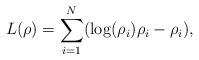
LaTeX: \begin{align*}L(\rho)=\sum_{i=1}^N(\log(\rho_i)\rho_i-\rho_i),\end{align*}